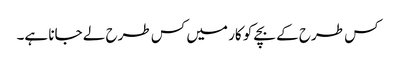
کس طرح کے بچے کو کار میں کس طرح لے جانا ہے۔